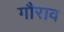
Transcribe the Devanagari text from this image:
गौराव